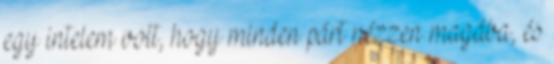
egy intelem volt, hogy minden párt nézzen magába, és